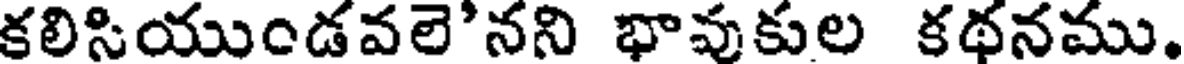
కలిసియుండవలె'నని భావుకుల కథనము.